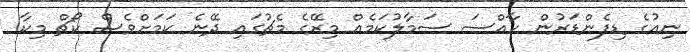
ނިއުގެ ޑިފެންޑަރުން ހާއްސަ ސަމާލުކަމެއް މިރޭގެ މެޗުގައި ދޭނެ ކަމަށްވެސް ކޯޗް މިކާ